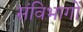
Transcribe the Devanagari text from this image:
संविभागों